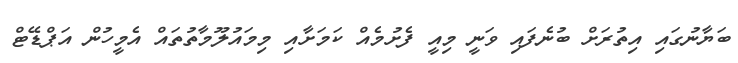
ބަޔާނުގައި އިތުރަށް ބުނެފައި ވަނީ މިއީ ފެށުމެއް ކަމަށާއި މިމައުލޫމާތުތައް އެމީހުން އަޕްޑޭޓް